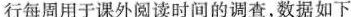
行每周用于课外阅读时间的调查，数据如下